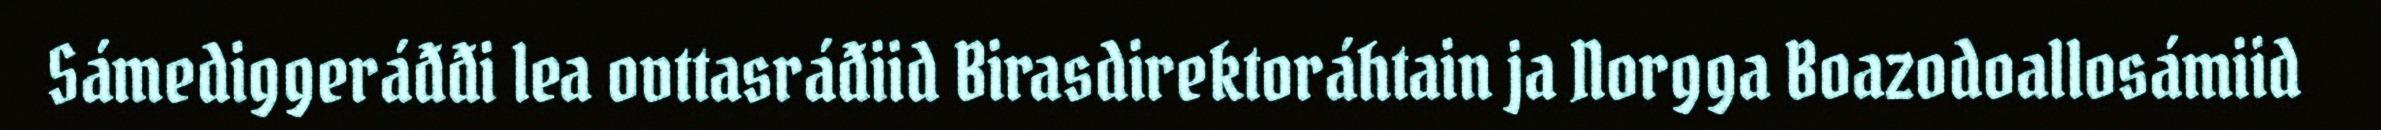
Sámediggeráđđi lea ovttasráđiid Birasdirektoráhtain ja Norgga Boazodoallosámiid